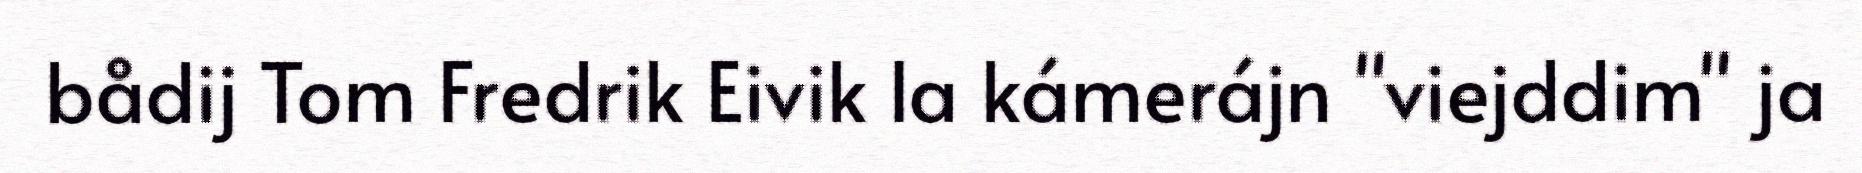
bådij Tom Fredrik Eivik la kámerájn "viejddim" ja